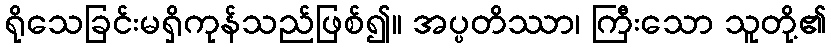
ရိုသေခြင်းမရှိကုန်သည်ဖြစ်၍။ အပ္ပတိဿာ၊ ကြီးသော သူတို့၏